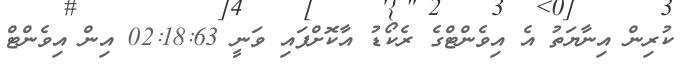
ކުރިން އިނާޔަތު އެ އިވެންޓްގެ ރެކޯޑު އާކޮށްފައި ވަނީ 02:18:63 އިން އިވެންޓް